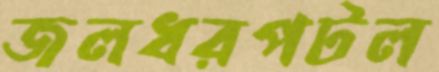
জলধরপটল